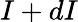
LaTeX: I+dI